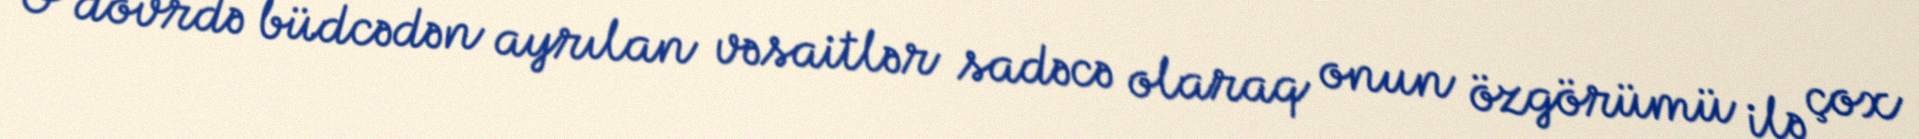
O dövrdə büdcədən ayrılan vəsaitlər sadəcə olaraq onun özgörümü ilə çox